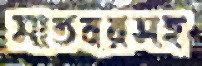
মাতবরসহ